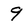
Character: 9